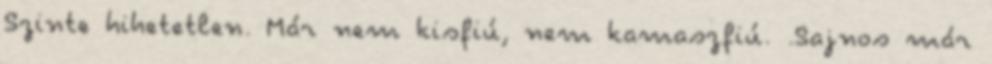
Szinte hihetetlen. Már nem kisfiú, nem kamaszfiú. .Sajnos már